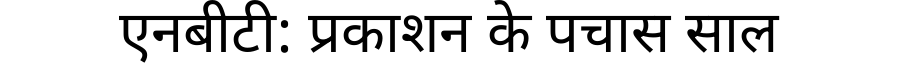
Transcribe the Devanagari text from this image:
एनबीटी: प्रकाशन के पचास साल